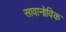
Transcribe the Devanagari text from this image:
सावानोविक